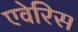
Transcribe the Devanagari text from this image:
एवेरिस